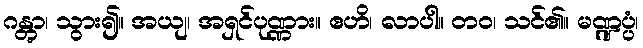
ဂန္တွာ၊ သွား၍။ အယျ၊ အရှင်ပုဏ္ဏား။ ဧဟိ၊ လာပါ။ တဝ၊ သင်၏။ မဏ္ဍပ္ပံ၊